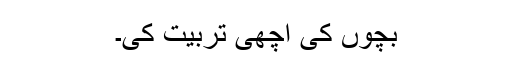
بچوں کی اچھی تربیت کی۔